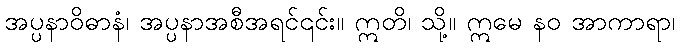
အပ္ပနာဝိဓာနံ၊ အပ္ပနာအစီအရင်၎င်း။ ဣတိ၊ သို့။ ဣမေ နဝ အာကာရာ၊